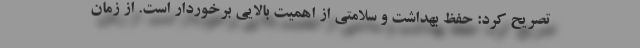
تصریح کرد: حفظ بهداشت و سلامتی از اهمیت بالایی برخوردار است. از زمان